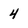
Character: 4